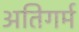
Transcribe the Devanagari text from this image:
अतिगर्म